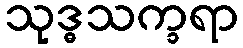
သုဒ္ဓသက္ခရာ